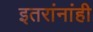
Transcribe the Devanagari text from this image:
इतरांनांही